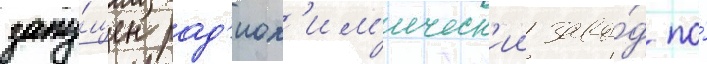
запу́щен рад'иох'им'ическ'ии заво́д по́